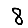
Digit: 8